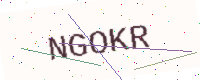
Text: NGOKR